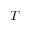
T